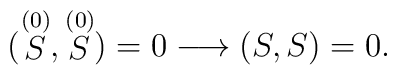
(\stackrel{(0)}{S},\stackrel{(0)}{S})=0\longrightarrow(S,S)=0 .